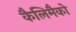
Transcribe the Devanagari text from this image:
कैलिमैको